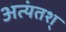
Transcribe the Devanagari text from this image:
अत्यंतश्